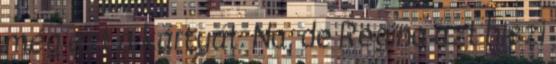
még ezt a kártyát. Na, de Regina azt hiszi